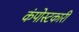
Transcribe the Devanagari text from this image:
कंपोस्टकारी